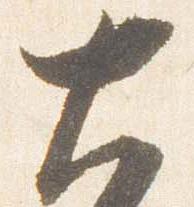
大